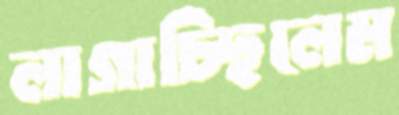
লাগাচ্ছিলেম